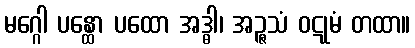
မဂ္ဂေါ ပန္ထော ပထော အဒ္ဓါ၊ အဉ္ဇသံ ဝဋုမံ တထာ။